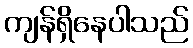
ကျန်ရှိနေပါသည်